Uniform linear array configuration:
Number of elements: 64
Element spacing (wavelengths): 0.75
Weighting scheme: kaiser
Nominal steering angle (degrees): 60
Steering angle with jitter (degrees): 59.757
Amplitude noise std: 0.05
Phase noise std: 0.05

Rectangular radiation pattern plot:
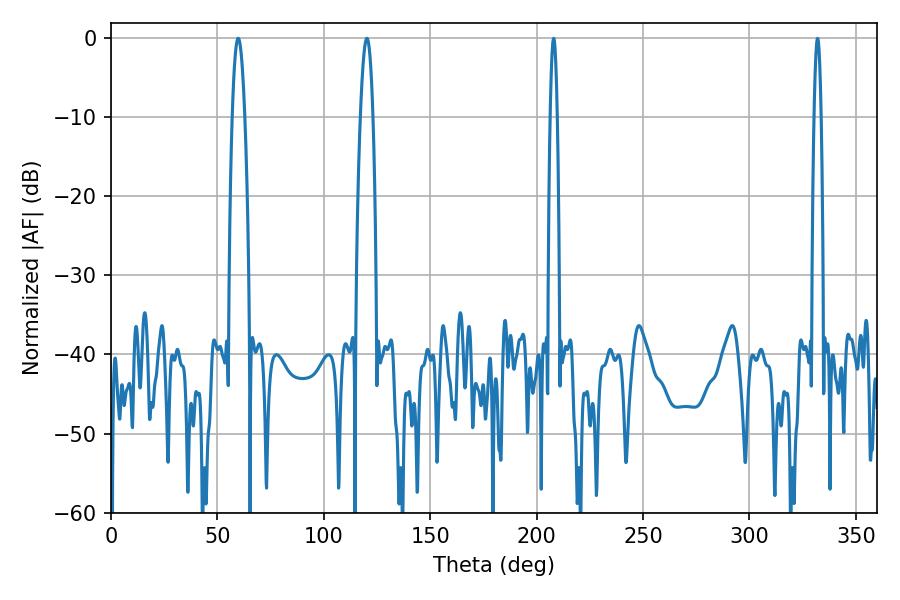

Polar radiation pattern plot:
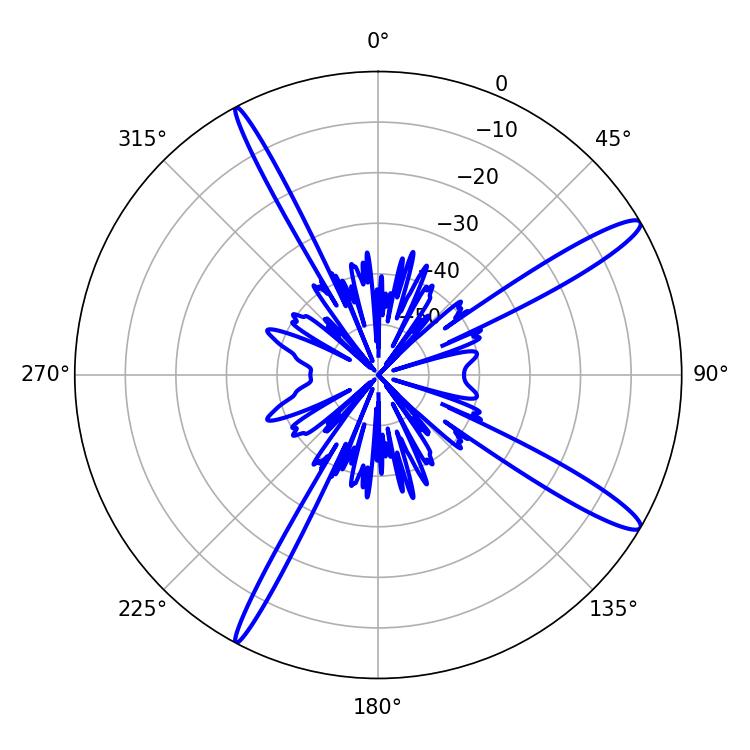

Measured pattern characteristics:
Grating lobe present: TRUE
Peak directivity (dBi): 14.337
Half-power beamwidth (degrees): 3.24
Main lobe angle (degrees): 59.76